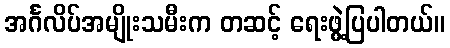
အင်္ဂလိပ်အမျိုးသမီးက တဆင့် ရေးဖွဲ့ပြပါတယ်။